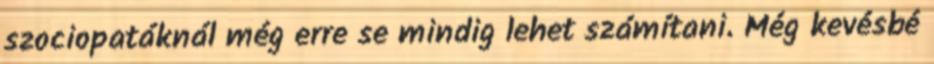
szociopatáknál még erre se mindig lehet számítani. Még kevésbé